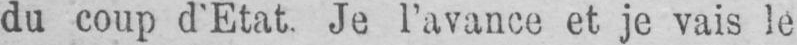
du coup d’Etat. Je l’avance et je vais le